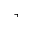
\urcorner